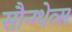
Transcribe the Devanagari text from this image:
सौन्ग्थेव्स